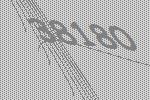
38180